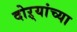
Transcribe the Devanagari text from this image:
दोऱ्यांच्या